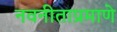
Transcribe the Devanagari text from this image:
नवनीताप्रमाणे